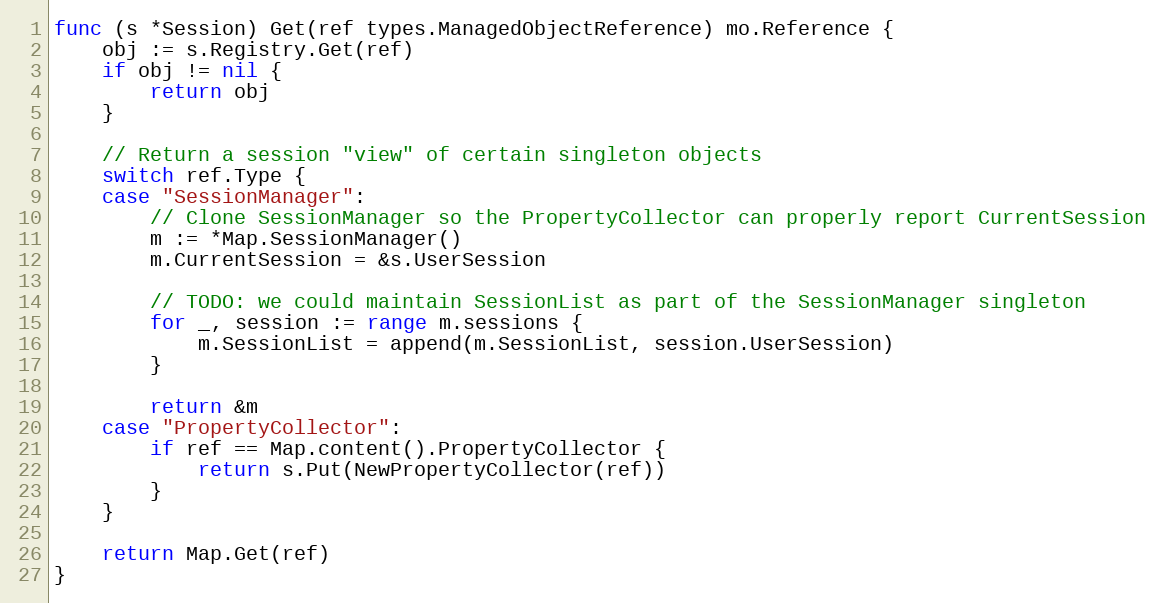
Language: Go
func (s *Session) Get(ref types.ManagedObjectReference) mo.Reference {
	obj := s.Registry.Get(ref)
	if obj != nil {
		return obj
	}

	// Return a session "view" of certain singleton objects
	switch ref.Type {
	case "SessionManager":
		// Clone SessionManager so the PropertyCollector can properly report CurrentSession
		m := *Map.SessionManager()
		m.CurrentSession = &s.UserSession

		// TODO: we could maintain SessionList as part of the SessionManager singleton
		for _, session := range m.sessions {
			m.SessionList = append(m.SessionList, session.UserSession)
		}

		return &m
	case "PropertyCollector":
		if ref == Map.content().PropertyCollector {
			return s.Put(NewPropertyCollector(ref))
		}
	}

	return Map.Get(ref)
}